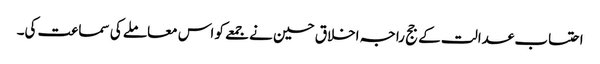
احتساب عدالت کے جج راجہ اخلاق حسین نے جمعے کو اس معاملے کی سماعت کی۔